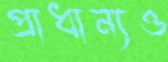
প্রাধান্যও